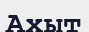
Ахыт